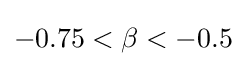
-0.75<\beta <-0.5